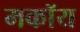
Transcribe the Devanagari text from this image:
मकॉय